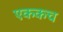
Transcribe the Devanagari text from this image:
एककच